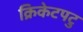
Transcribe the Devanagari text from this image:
क्रिकेटपटु